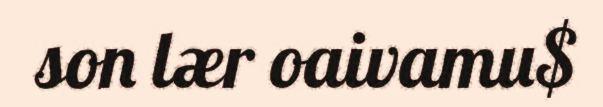
son lær oaivamu$